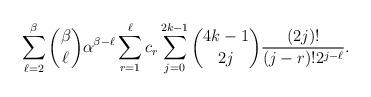
LaTeX: \begin{align*} \sum_{\ell=2}^{\beta} \binom{\beta}{\ell} \alpha^{\beta- \ell} \sum_{r=1}^{\ell} c_{r} \sum_{j=0}^{2k-1} \binom{4k-1}{2j} \frac{(2j)!}{(j-r)! 2^{j - \ell}}. \end{align*}